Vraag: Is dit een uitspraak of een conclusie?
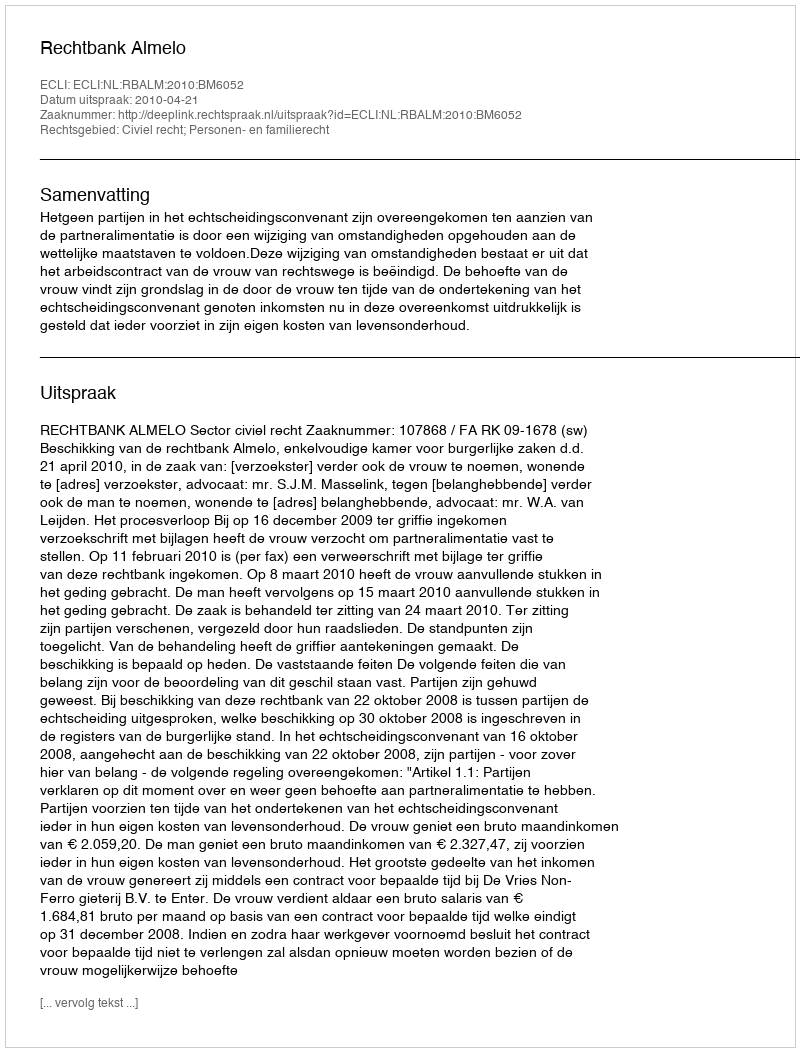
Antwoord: Uitspraak